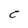
Character: C